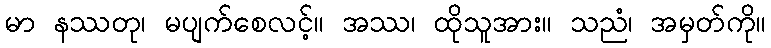
မာ နဿတု၊ မပျက်စေလင့်။ အဿ၊ ထိုသူအား။ သညံ၊ အမှတ်ကို။